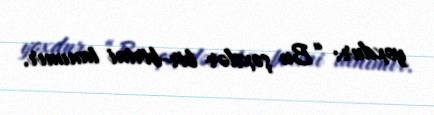
yoxdur: “Bu şəxslər bir-birini tanımır.